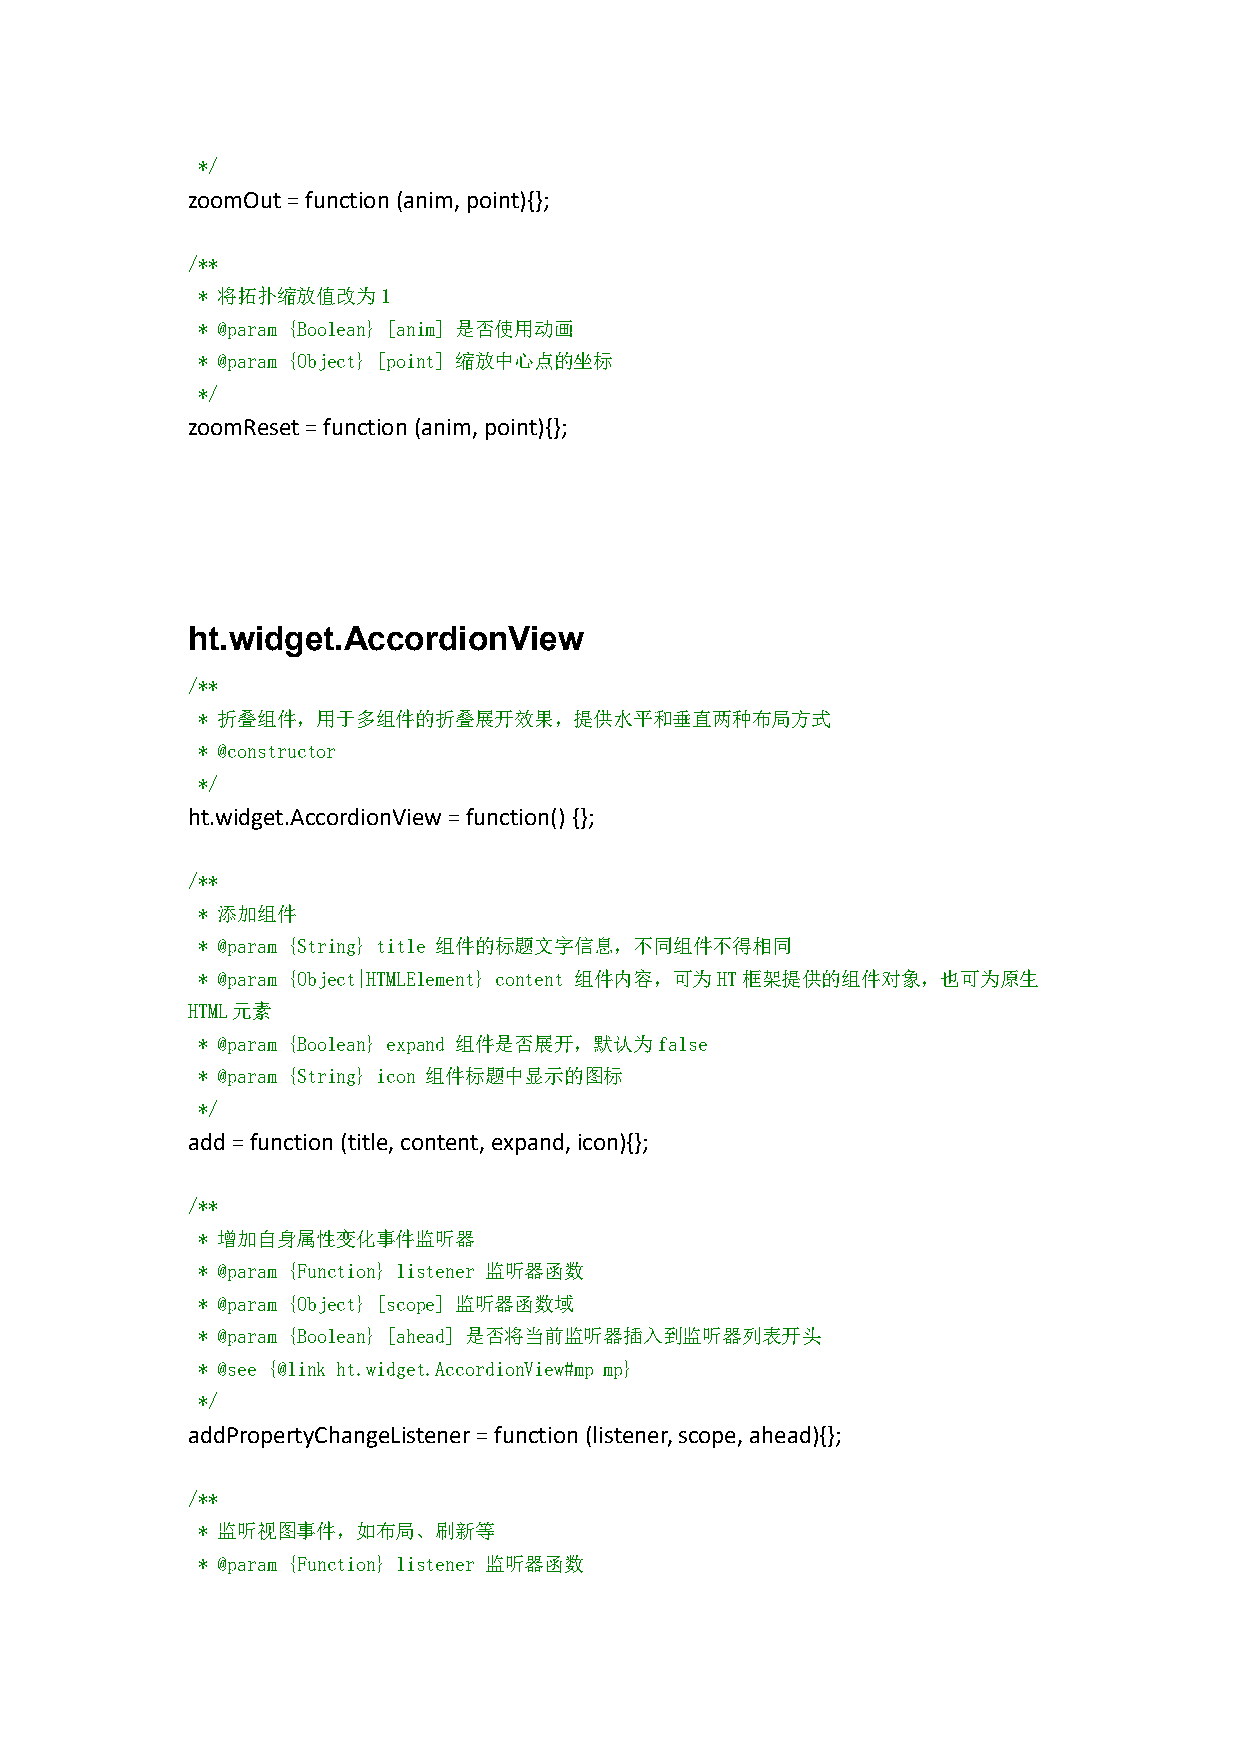
*/
 zoomOut=function(anim,point){};
 /**
 * 将拓扑缩放值改为1
 * @param {Boolean} [anim] 是否使用动画
 * @param {Object} [point] 缩放中心点的坐标
 */
 zoomReset=function(anim,point){};
 ht.widget.AccordionView
 /**
 * 折叠组件，用于多组件的折叠展开效果，提供水平和垂直两种布局方式
 * @constructor
 */
 ht.widget.AccordionView=function() {};
 /**
 * 添加组件
 * @param {String} title 组件的标题文字信息，不同组件不得相同
 * @param {Object|HTMLElement} content 组件内容，可为HT框架提供的组件对象，也可为原生
 HTML元素
 * @param {Boolean} expand 组件是否展开，默认为false
 * @param {String} icon 组件标题中显示的图标
 */
 add=function(title,content,expand,icon){};
 /**
 * 增加自身属性变化事件监听器
 * @param {Function} listener 监听器函数
 * @param {Object} [scope] 监听器函数域
 * @param {Boolean} [ahead] 是否将当前监听器插入到监听器列表开头
 * @see {@link ht.widget.AccordionView#mp mp}
 */
 addPropertyChangeListener=function(listener,scope,ahead){};
 /**
 * 监听视图事件，如布局、刷新等
 * @param {Function} listener 监听器函数